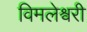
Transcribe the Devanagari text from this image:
विमलेश्वरी